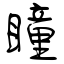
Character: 瞳